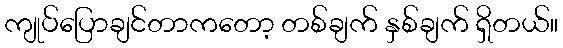
ကျုပ်ပြောချင်တာကတော့ တစ်ချက် နှစ်ချက် ရှိတယ်။